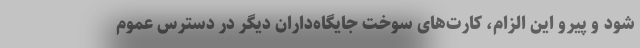
شود و پیرو این الزام، کارت‌های سوخت جایگاه‌داران دیگر در دسترس عموم